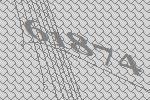
61874